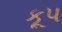
કૂપ